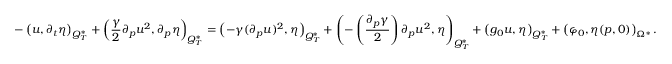
- \left( u , \partial _ { t } \eta \right) _ { Q _ { T } ^ { * } } + \left( \frac { \gamma } { 2 } \partial _ { p } u ^ { 2 } , \partial _ { p } \eta \right) _ { Q _ { T } ^ { * } } = \left( - \gamma ( \partial _ { p } u ) ^ { 2 } , \eta \right) _ { Q _ { T } ^ { * } } + \left( - \left( \frac { \partial _ { p } \gamma } { 2 } \right) \partial _ { p } u ^ { 2 } , \eta \right) _ { Q _ { T } ^ { * } } + \left( g _ { 0 } u , \eta \right) _ { Q _ { T } ^ { * } } + \left( \varphi _ { 0 } , \eta ( p , 0 ) \right) _ { \Omega ^ { * } } .